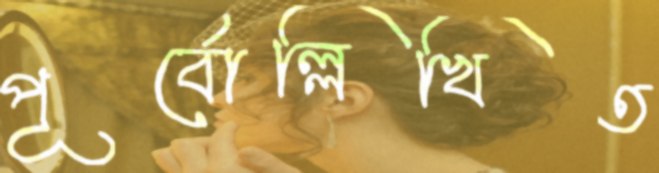
পূর্বোল্লিখিত